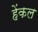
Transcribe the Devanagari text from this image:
हेंकल